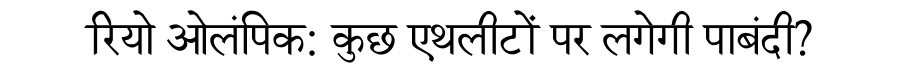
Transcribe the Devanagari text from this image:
रियो ओलंपिक: कुछ एथलीटों पर लगेगी पाबंदी?